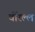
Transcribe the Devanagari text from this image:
वोरेल्ल